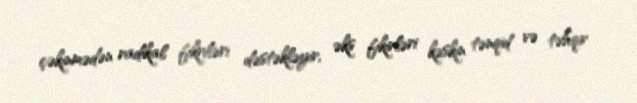
çəkinmədən radikal fikriləri dəstəkləyir, əks fikirləri kəskin tənqid və təhqir